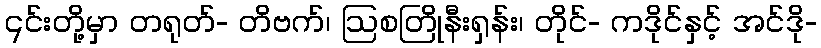
၎င်းတို့မှာ တရုတ်- တိဗက်၊ ဩစတြိုနီးရှန်း၊ တိုင်- ကဒိုင်နှင့် အင်ဒို-